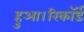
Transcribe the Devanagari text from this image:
हुआ।रिकॉर्ड